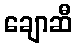
ချောဆီ